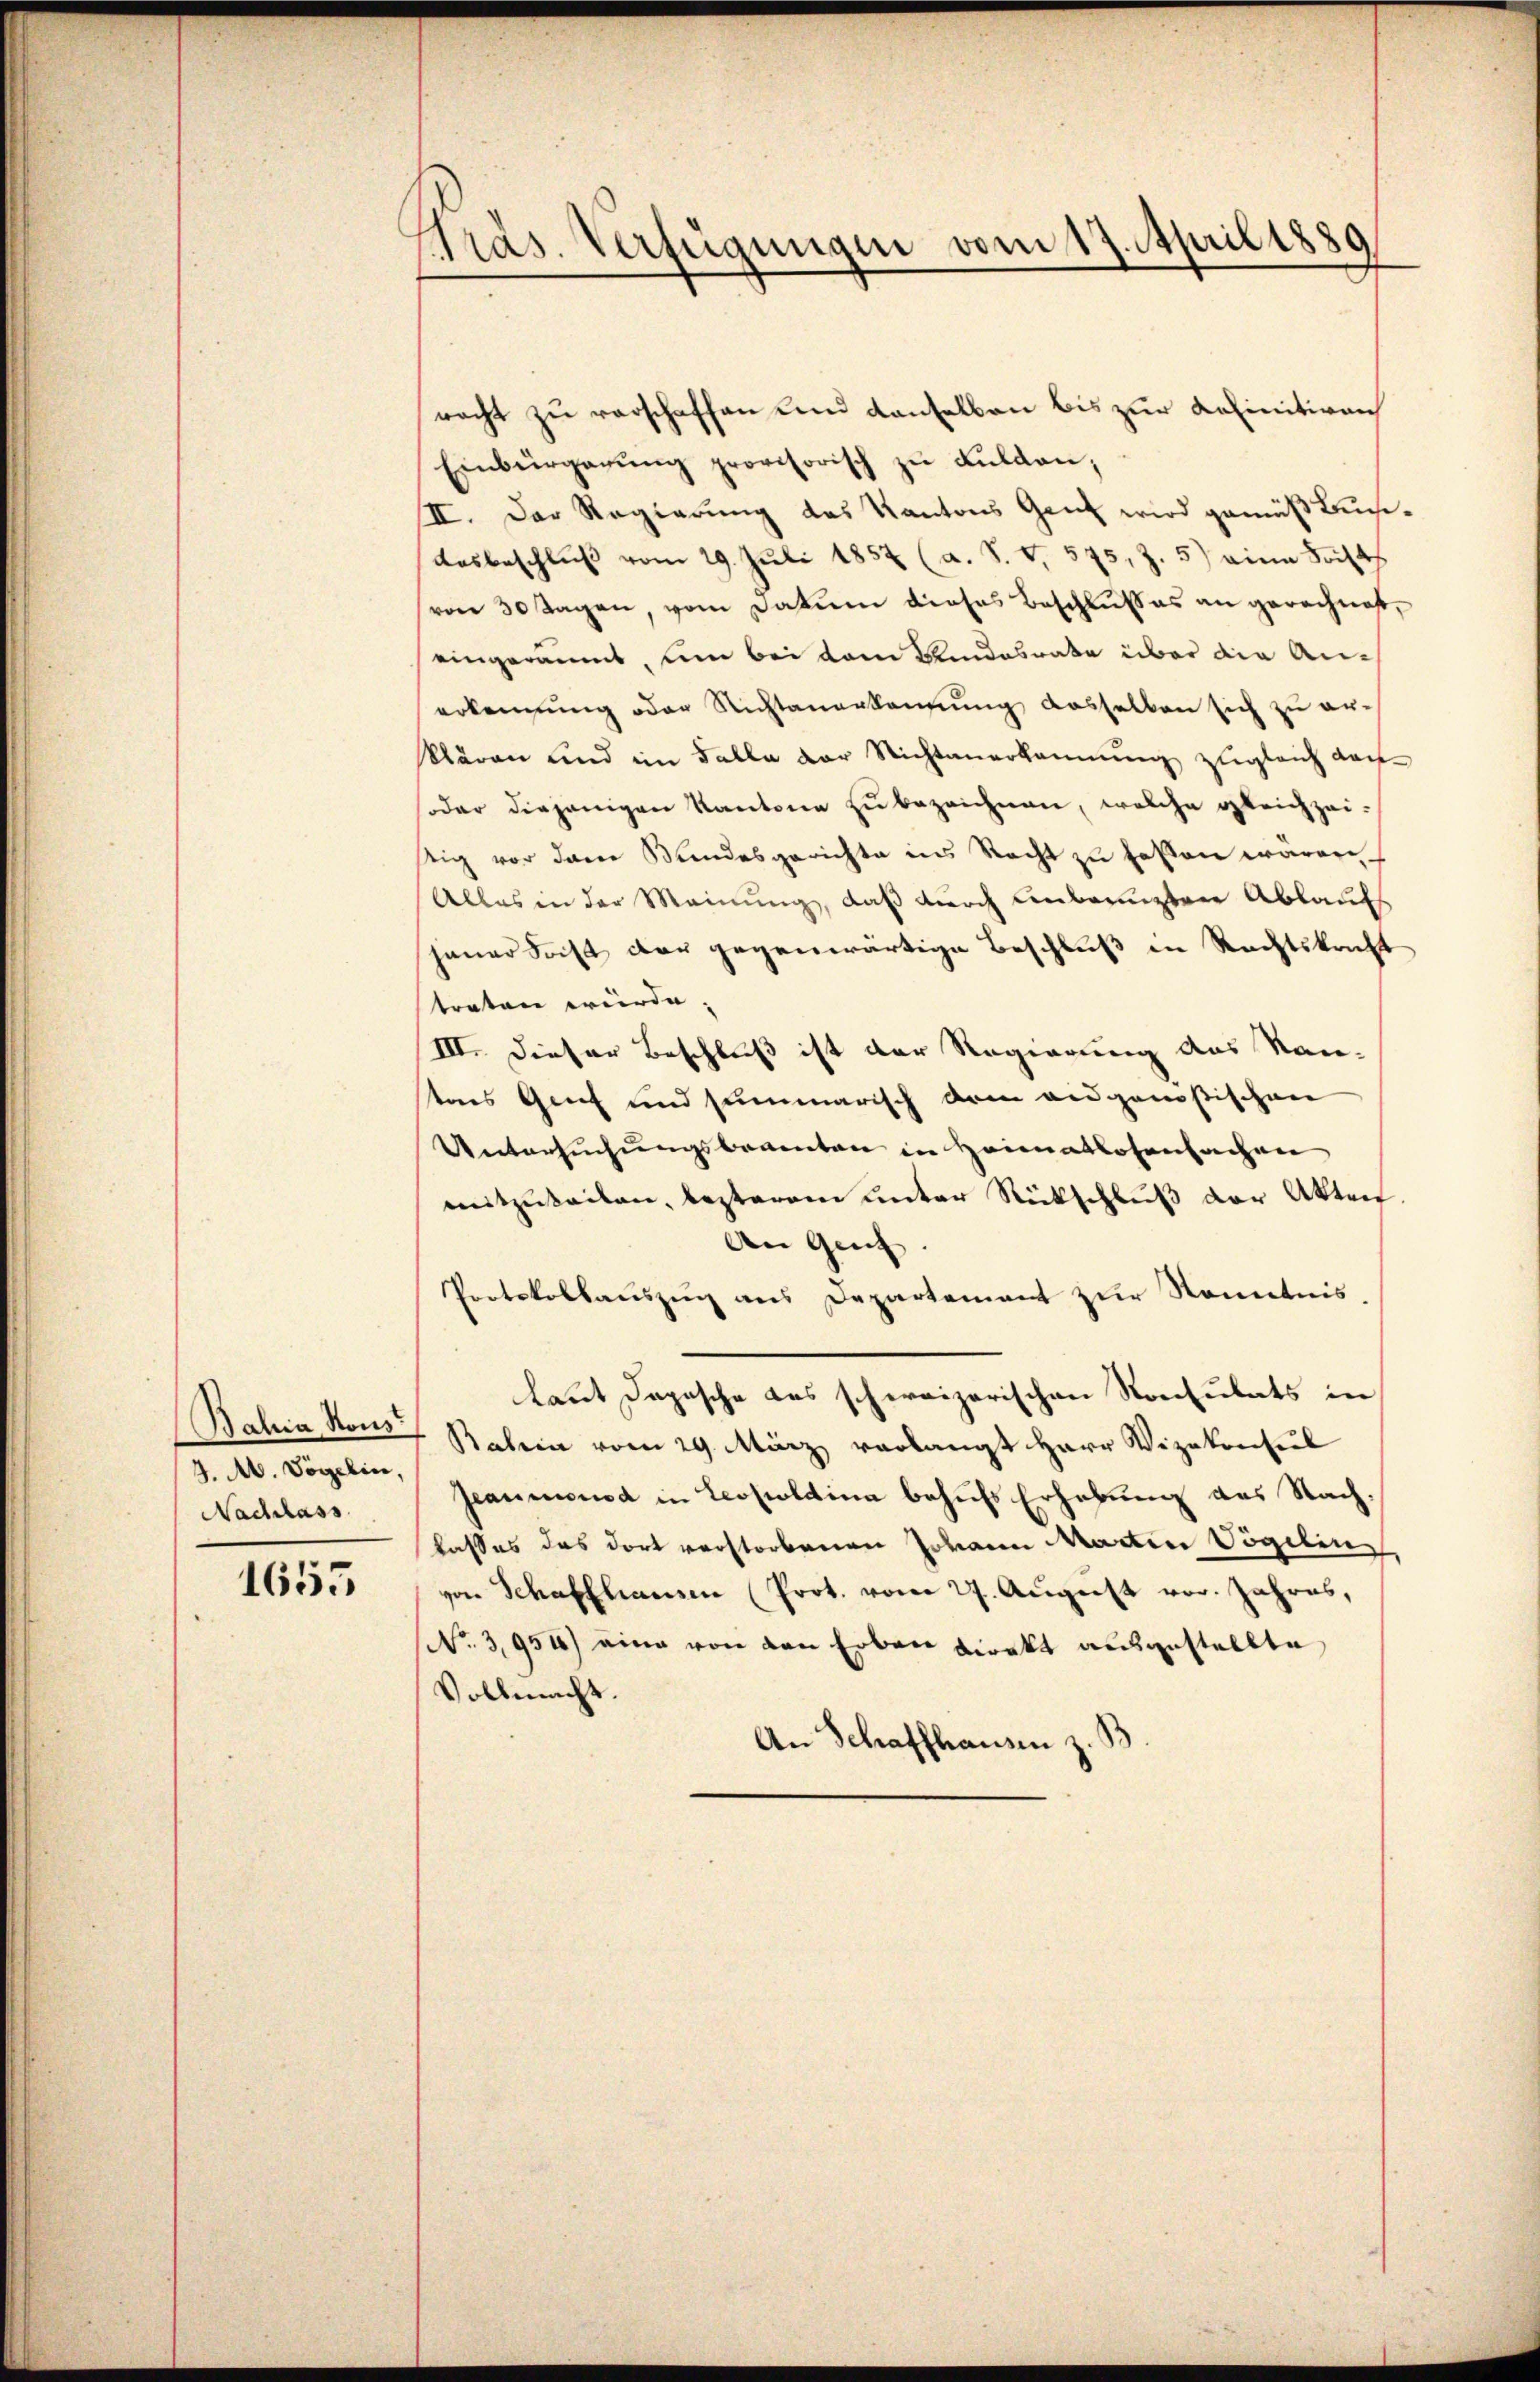
Bahia Rous
J. A. Vögelin,
Nachlass

1655

Präs. Verfügungen vom 17. April 1889

racht zu verschaffen und denselben bis zur Kefinitiven
Einbürgerŭng provisorisch zŭ Fuldan,
II. Der Regierung das Kantons Gant wird gemäß Büchi¬
Ausbeschluß vom 29. Juli 1852 (a. S. V. 575, Z. 5) eine Sache
von 30 Tagen, vom Datum dieses Beschlußes an gerechnet,
eingeräumt, um bei dem Kindesrate über die Anerkennung oder Richtanerkennung dasselben sich zu erklären und im Falle der Nichtanerkennung zugleich dan¬
oder diejenigen Kantone zu bezeichnen, welche gleichzeistig vor den Bundesgerichte ins Recht zu laßen wären
Alles in der Meinung, daß durch unbeengten Ablauf
jener Frist der gegenwärtige Beschluß in Rechtskracht
treten würde.
III. Dieser Beschluß ist der Regierung des Kan-
tees Genf und summarisch dem angenößischen
Untersuchungsbeamten in Heimatlosenbachen
mitzuteilen, besteren unter Rückschluß der Akten
An Genf
Protokollauszug aus Departement zur Kenntnis,
laut Depesche des schweizerischen Konsulats in
Batein vom 29. März verlangt Herr Vizekonsul
Jeaumond in Leopoldina behufs Erhebung des Nachlasses das dort verstorbenen Johann Martin Vögelin
von Schaffhausen (Prot. vom 27. August vor. Jahres,
No. 3951) eine von den Erben direkt ausgestellte
Vollmacht.
An Schaffhausen z. B.